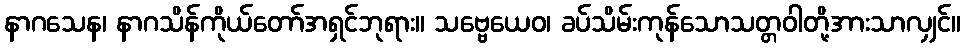
နာဂသေန၊ နာဂသိန်ကိုယ်တော်အရှင်ဘုရား။ သဗ္ဗေယေဝ၊ ခပ်သိမ်းကုန်သောသတ္တဝါတို့အားသာလျှင်။